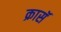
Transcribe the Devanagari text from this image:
क्रासॅ